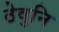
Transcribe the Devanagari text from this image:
ठेवुनि